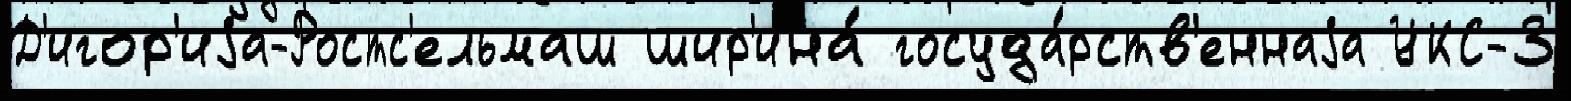
Д'игор'иjа-Ростс'ельмаш шир'ина́ госуда́рств'еннаjа УКС-3